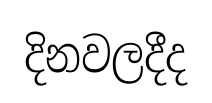
දිනවලදීද